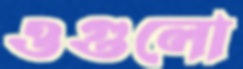
ওগুলো